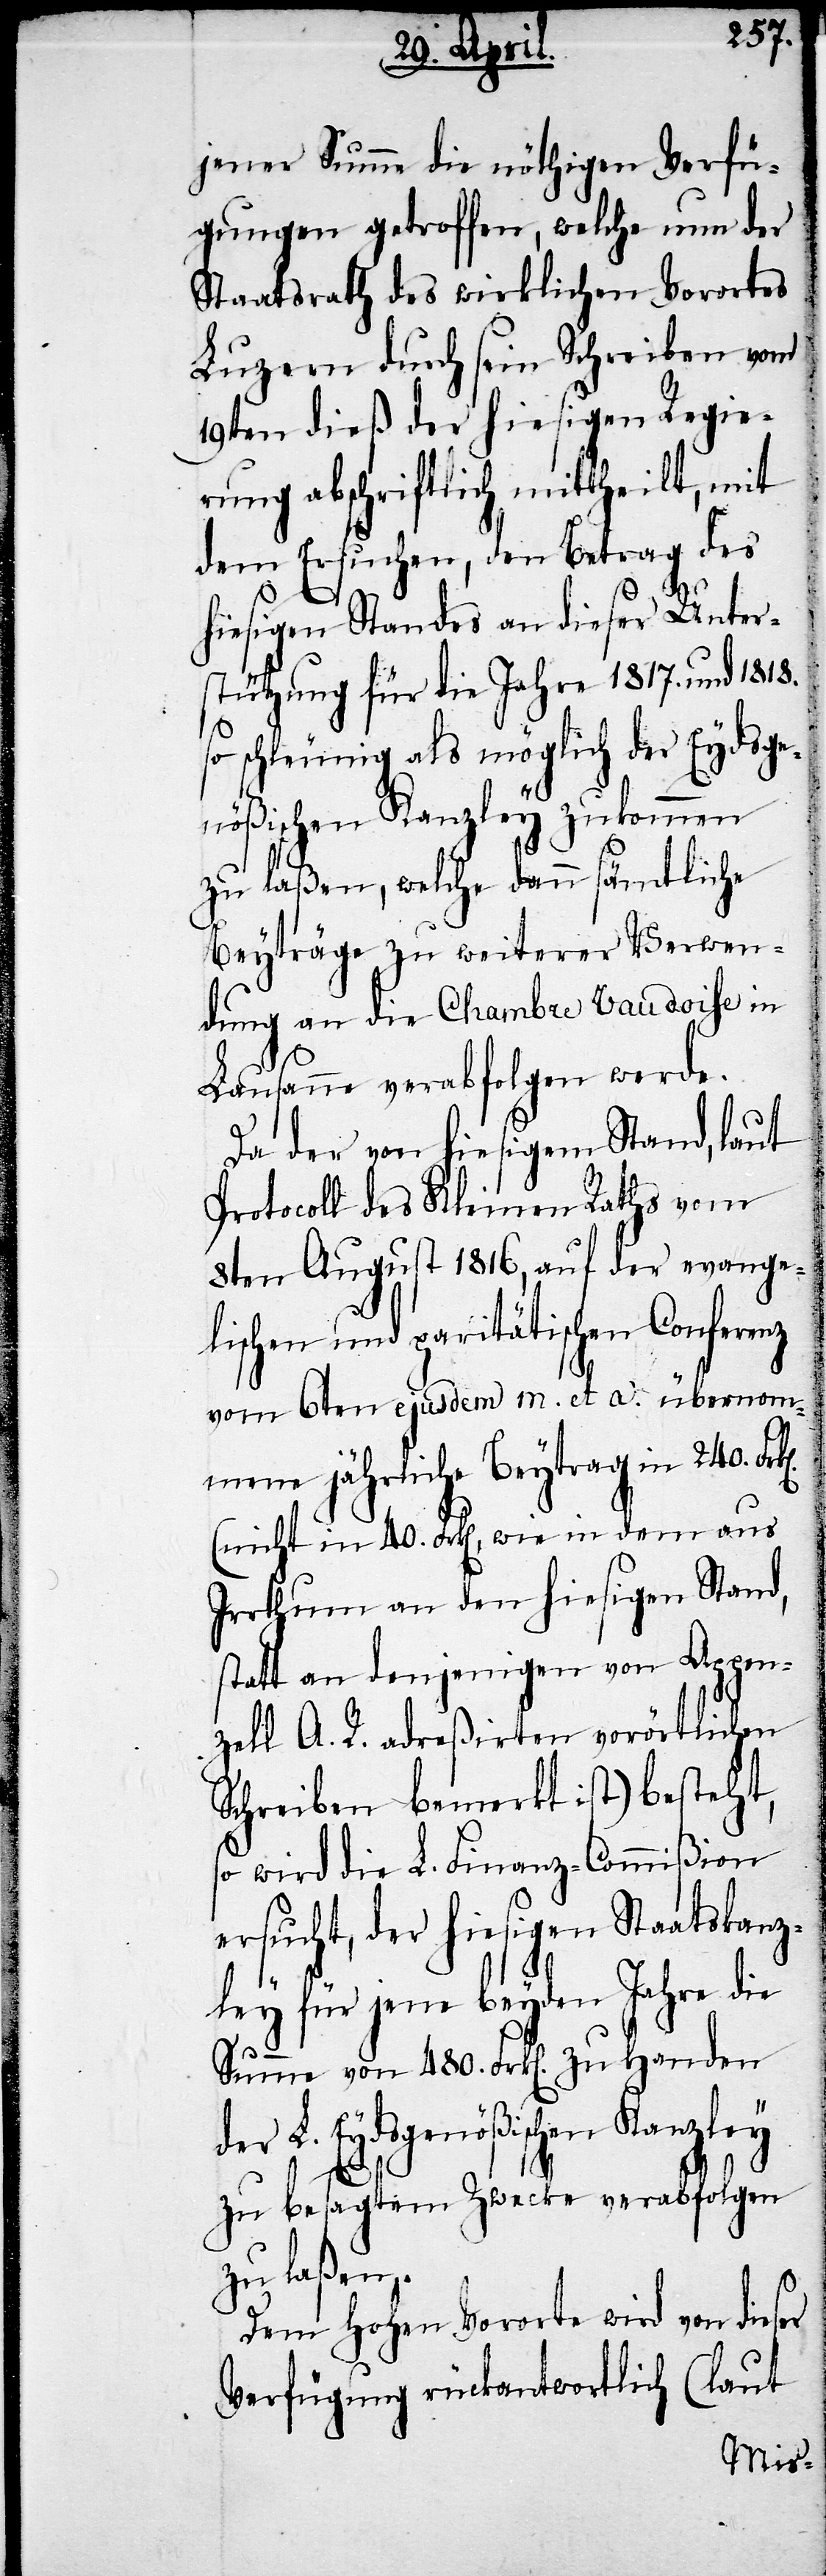
jener Summe die nöthigen Verfü¬
gungen getroffen, welche nun der
Staatsrath des wirklichen Vorortes
Luzern durch sein Schreiben vom
19ten dieß der hiesigen Regie¬
rung abschriftlich mittheilt, mit
dem Ersuchen, den Betrag des
hiesigen Standes an dieser Unter¬
stützung für die Jahre 1817. und 1818.
so schleunig als möglich der Eydsge¬
nößischen Kanzley zukommen
zu laßen, welche dann sämtliche
Beyträge zu weiterer Verwen¬
dung an die Chambre Vaudoise in
Lausanne verabfolgen werde.
Da der von hiesigem Stand, laut
Protocoll des Kleinen Raths vom
8ten August 1816, auf der evange¬
lischen und paritätischen Conferenz
vom 6ten ejusdem m. et a. übernomm¬
ene jährliche Beytrag in 240.
(nicht in 40. Frk[en], wie in den aus
Irrthum an den hiesigen Stand,
statt an denjenigen von Appen¬
zell A. R. adreßirten vorörtlichen
Schreiben bemerkt ist) besteht,
so wird die L. Finanz-Commißion
ersucht, der hiesigen Staatskanz¬
ley für jene beyden Jahre die
Summe von 480. Frk[en]. zu Handen
der L. Eydsgenößischen Kanzley
zu besagtem Zwecke verabfolgen
zu laßen.
Dem hohen Vororte wird von dieser
Verfügung rückantwortlich (laut